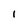
Character: 1